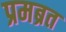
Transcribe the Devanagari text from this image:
प्रमब्रत